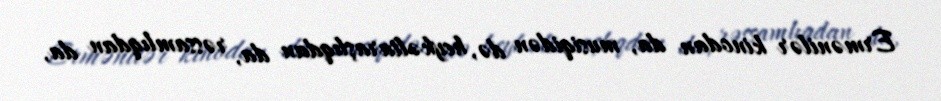
Ermənilər kinodan da, musiqidən də, heykəltaraşlıqdan da, rəssamlıqdan da,